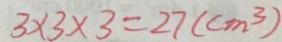
3 \times 3 \times 3 = 2 7 ( c m ^ { 3 } )